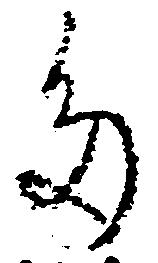
多